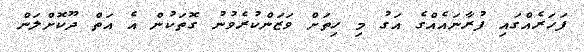
ފަހަރެއްގައި ފުރާނައެއްގެ އަގު މި ހިތަށް ވަޒަންކުރެވުނު ގޮތަކުން އެ އަތް ދޫކޮށްލަން